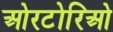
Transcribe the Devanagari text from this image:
ओरटोरिओ